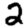
Digit: 2